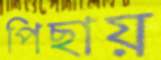
পিছায়